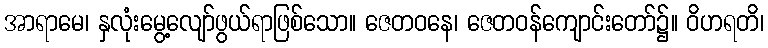
အာရာမေ၊ နှလုံးမွေ့လျော်ဖွယ်ရာဖြစ်သော။ ဇေတဝနေ၊ ဇေတဝန်ကျောင်းတော်၌။ ဝိဟရတိ၊